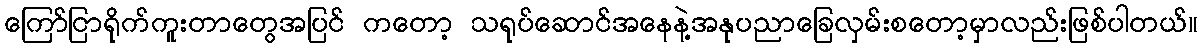
ကြော်ငြာရိုက်ကူးတာတွေအပြင် ကတော့ သရုပ်ဆောင်အနေနဲ့အနုပညာခြေလှမ်းစတော့မှာလည်းဖြစ်ပါတယ်။